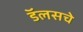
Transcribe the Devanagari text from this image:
डॅलसचे